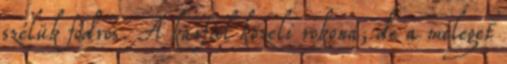
szélük fodros. A karfiol közeli rokona, de a meleget